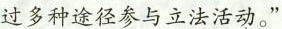
过多种途径参与立法活动。”